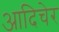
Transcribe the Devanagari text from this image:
आदिचेर